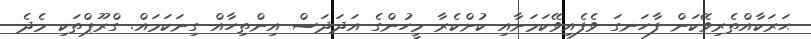
ޙަރަކާއްތެރިވޭކަން ފާހަނގަ ވެފެއިވޭކަމަށާއި ކުށްކެރާ މީހުންގެ އަދަދަސް އިންތިހާއް ގިނަކަމައް. ގްރޫޕްތަކި މެދެ